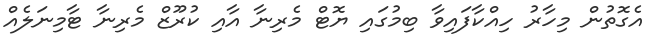
އެގޮތުން މިހާރު ހިއްކާފައިވާ ބިމުގައި ޔޮޓް މެރިނާ އާއި ކުރޫޒް މެރިނާ ޓާމިނަލެއް